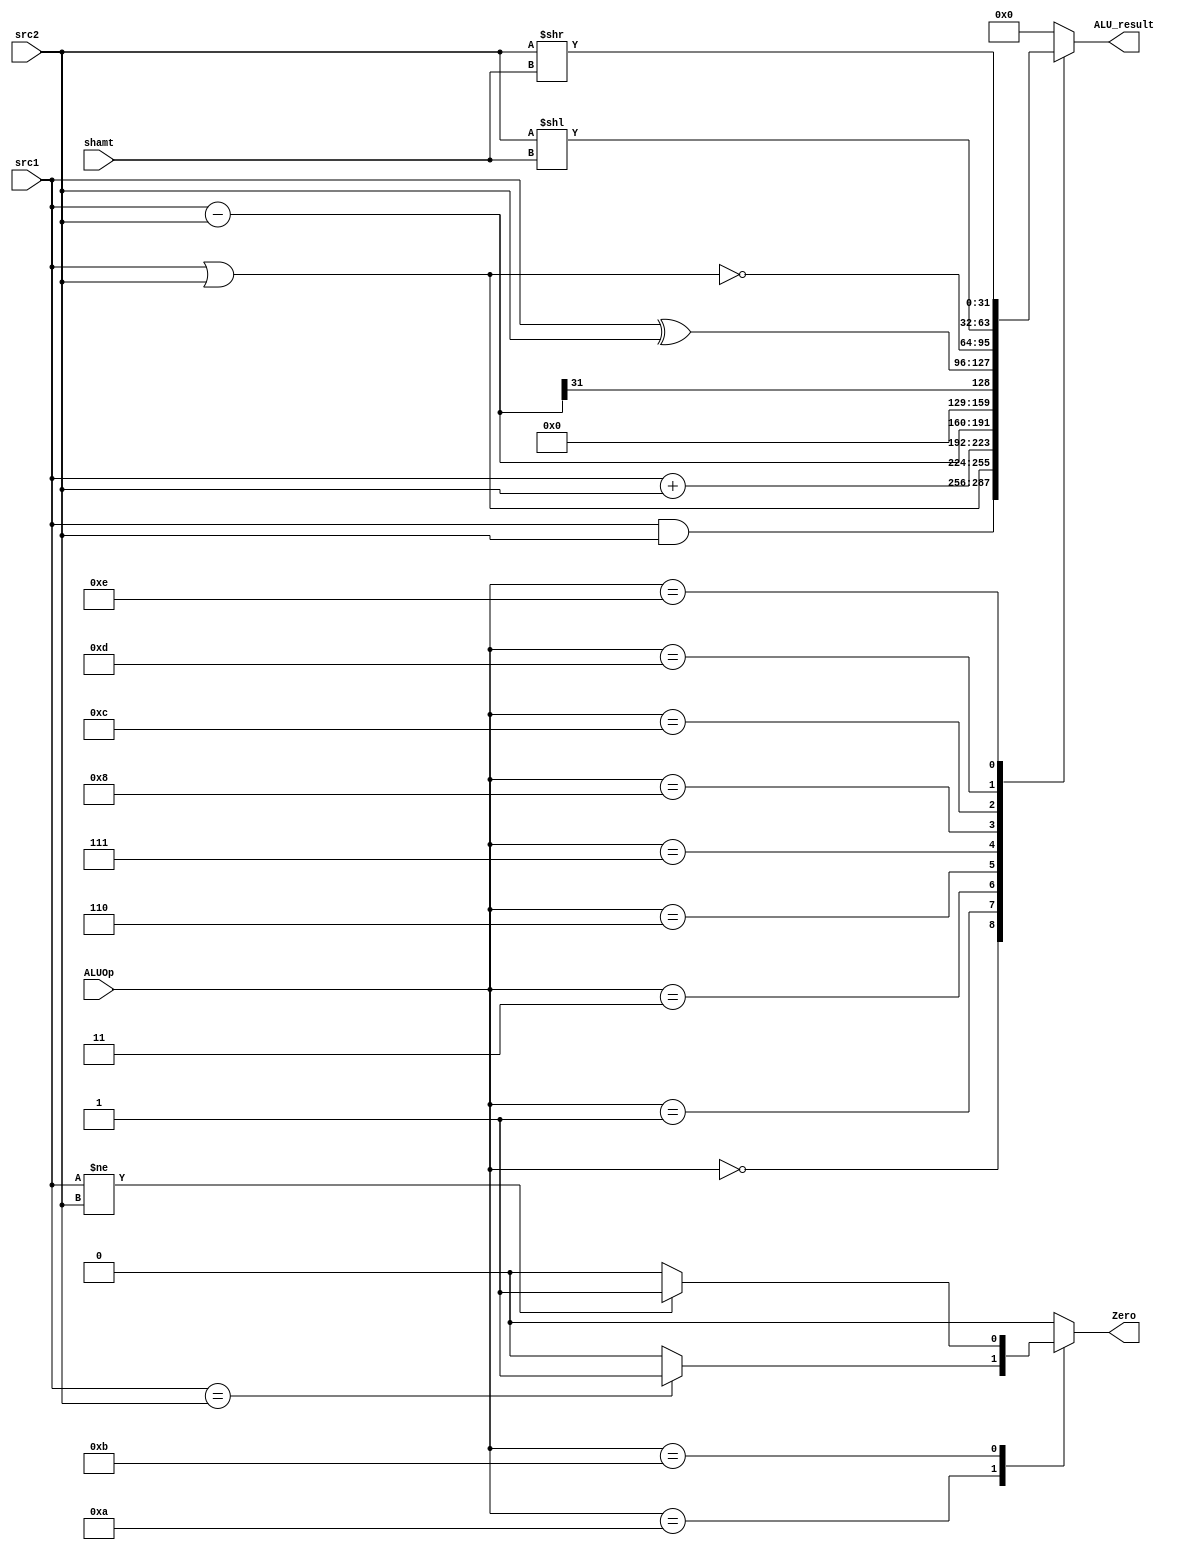
// ALU

module ALU ( ALUOp,
			 src1,
			 src2,
			 shamt,
			 ALU_result,
			 Zero);

	parameter bit_size = 32;

	input [3:0] ALUOp;
	input [bit_size-1:0] src1;
	input [bit_size-1:0] src2;
	input [4:0] shamt;

	output [bit_size-1:0] ALU_result;
	output Zero;
	reg [bit_size-1:0] ALU_result;

	// write your code in here
	reg Zero;
	parameter OP_AND = 0,
			  OP_OR = 1,
			  OP_ADD = 3,
			  //OP_MUL = 4;
			  //OP_DIV = 5;
			  OP_SUB = 6,
			  OP_SLT = 7,
			  OP_XOR = 8,
			  //OP_NOT = 9,
			  OP_BEQ = 10,
			  OP_BNE = 11,
			  OP_NOR = 12,
			  OP_SLL = 13,
			  OP_SRL = 14,
			  OP_NOP = 15;

	always@(*)
	begin
		ALU_result = 0;
		Zero = 0;
		case(ALUOp)
			OP_AND:	ALU_result = src1 & src2;
			OP_OR :	ALU_result = src1 | src2;
			OP_ADD:	ALU_result = src1 + src2;
			//OP_MUL:
		  	//OP_DIV:
		  	OP_SUB:	ALU_result = src1 - src2;
			OP_SLT:	ALU_result = (src1 - src2) >> 31;
			// begin
			// 	if(src1 - src2 >= 32'b1000_0000_0000_0000_0000_0000_0000_0000)//s1 - s2 <= -1
			// 		ALU_result = 32'b1;
			// 	else
			// 		ALU_result = 32'b0;
			// end
			OP_XOR:	ALU_result = src1 ^ src2;
			//OP_NOT:
			OP_BEQ:	Zero = (src1 == src2)? 1: 0;
			OP_BNE:	Zero = (src1 != src2)? 1: 0;
			OP_NOR:	ALU_result = ~(src1 | src2);
			OP_SLL:	ALU_result = src2 << shamt;
			OP_SRL:	ALU_result = src2 >> shamt;
			default:
			begin
				ALU_result = 0;
				Zero = 0;
			end
		endcase
	end

endmodule